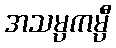
အသမ္ပကမ္ပီ